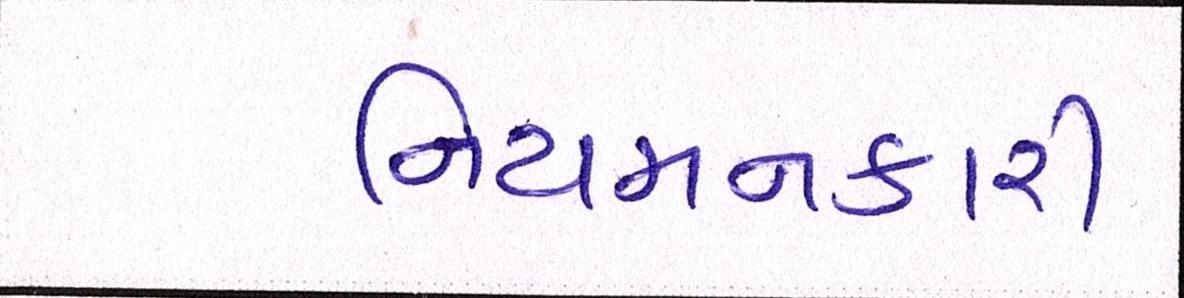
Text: નિયમનકારી